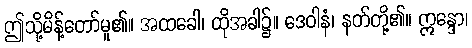
ဤသို့မိန့်တော်မူ၏။ အထခေါ၊ ထိုအခါ၌။ ဒေဝါနံ၊ နတ်တို့၏။ ဣန္ဒော၊